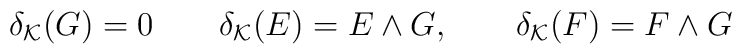
\delta_{{\mathcal K}}(G)=0\qquad \delta_{{\mathcal K}}(E)=E\wedge G,\qquad \delta_{{\mathcal K}}(F)=F\wedge G